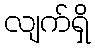
လျက်ရှိ